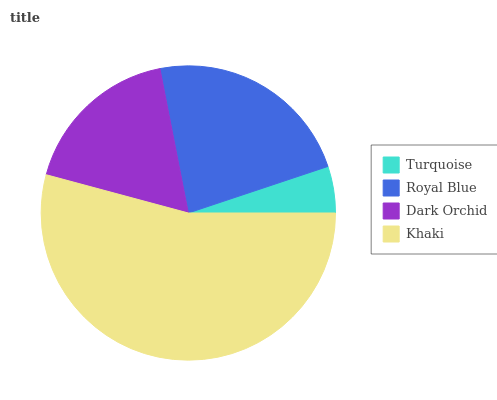
| Turquoise | Royal Blue | Dark Orchid | Khaki |
 | --- | --- | --- | --- |
 | 5.13% | 23% | 17.7% | 54.2% |